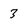
Character: 3